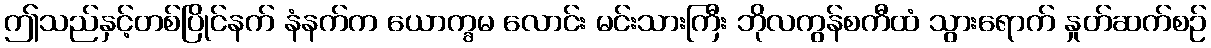
ဤသည်နှင့်တစ်ပြိုင်နက် နံနက်က ယောက္ခမ လောင်း မင်းသားကြီး ဘိုလကွန်စကီထံ သွားရောက် နှုတ်ဆက်စဉ်